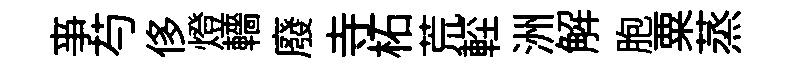
亊芍侈燈轖廢寺柘荒䡖洲解胞粟蒸